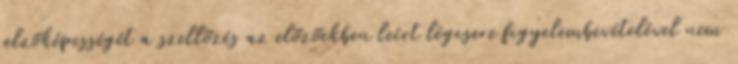
jelzõképességét a szellõzés az elõzõekben leírt légcsere figyelembevételével nem